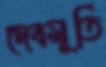
দেবমূর্তি